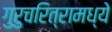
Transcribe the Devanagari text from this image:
गुरुचरित्रामध्ये